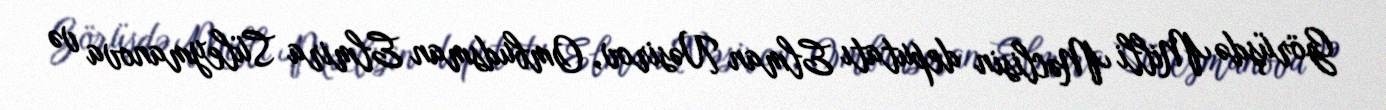
Görüşdə Milli Məclisin deputatı Elman Nəsirov, Ombudsman Elmira Süleymanova və